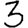
Digit: 3